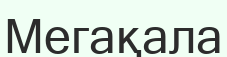
Мегақала